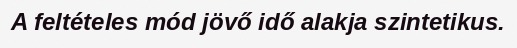
A feltételes mód jövő idő alakja szintetikus.